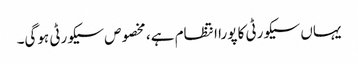
یہاں سیکورٹی کا پورا انتظام ہے، مخصوص سیکورٹی ہوگی۔